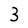
Character: 3